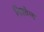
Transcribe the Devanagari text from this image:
निश्तेज